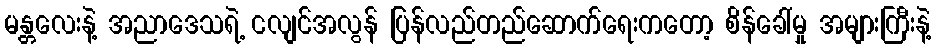
မန္တလေးနဲ့ အညာဒေသရဲ့ ငလျင်အလွန် ပြန်လည်တည်ဆောက်ရေးကတော့ စိန်ခေါ်မှု အများကြီးနဲ့